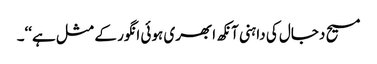
مسیح دجال کی داہنی آنکھ ابھری ہوئی انگور کے مثل ہے‘‘۔